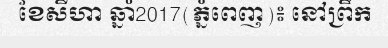
ខែសីហា ឆ្នាំ2017(ភ្នំពេញ)៖ នៅព្រឹក